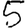
Digit: 5